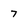
Character: 7